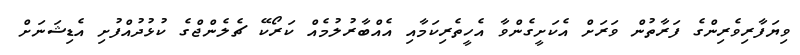
ވިޔަފާރިވެރިންގެ ފަރާތުން ވަރަށް އެކަށީގެންވާ އެހީތެރިކަމާއި އެއްބާރުލުމެއް ކަރޯކޭ ޗެލެންޖްގެ ކުޅުދުއްފުށި އެޑިޝަނަށް